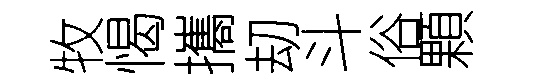
牧愒攜刧斗俗顆